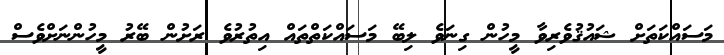
މަސައްކަތަށް ޝައުޤުވެރިވާ މީހުން ގިނަވެ ލިބޭ މަސައްކަތްތައް އިތުރުވެ ރަށުން ބޭރު މީހުންނަށްވެސް